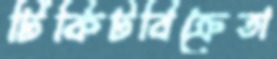
টিকিটবিক্রেতা